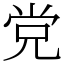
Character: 党